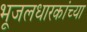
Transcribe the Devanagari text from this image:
भूजलधारकांच्या